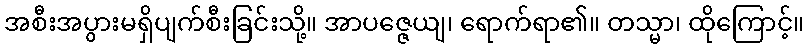
အစီးအပွားမရှိပျက်စီးခြင်းသို့။ အာပဇ္ဇေယျ၊ ရောက်ရာ၏။ တသ္မာ၊ ထိုကြောင့်။